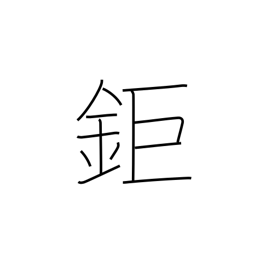
Meaning: big